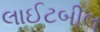
લાઈટબીલ